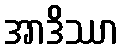
အာဒိဿာ